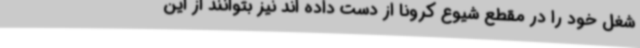
شغل خود را در مقطع شیوع کرونا از دست داده اند نیز بتوانند از این